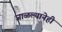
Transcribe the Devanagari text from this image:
जाळल्यानेही